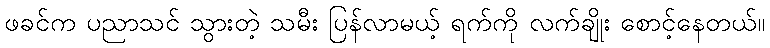
ဖခင်က ပညာသင် သွားတဲ့ သမီး ပြန်လာမယ့် ရက်ကို လက်ချိုး စောင့်နေတယ်။